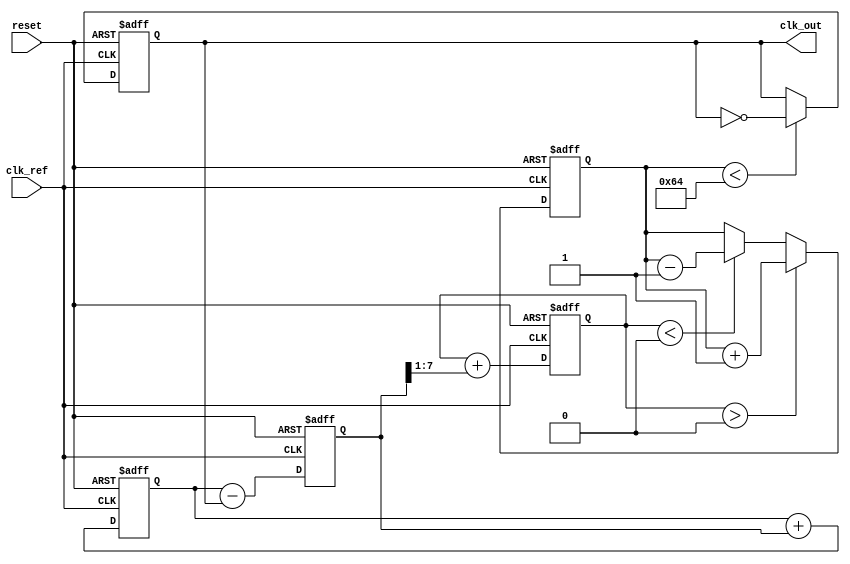
module PLL (
    input wire clk_ref,          // Reference clock input
    input wire reset,           // Reset signal
    output wire clk_out         // Output clock signal
);

// Parameters for PLL
parameter PHASE_WIDTH = 8;    // Width for phase information
parameter VCO_MAX_FREQ = 100; // Maximum frequency for VCO
parameter VCO_MIN_FREQ = 10;  // Minimum frequency for VCO

// Internal signals
reg [PHASE_WIDTH-1:0] phase_error; // Phase error signal
reg [PHASE_WIDTH-1:0] phase_memory; // Memory block for phase information
reg [7:0] vco_control;             // Control signal for VCO
reg clk_vco;                       // VCO output clock
reg [7:0] loop_filter;             // Loop filter output

// Phase Detector (PD)
always @(posedge clk_ref or posedge reset) begin
    if (reset) begin
        phase_error <= 0;
    end else begin
        // Simple phase detection logic (for illustration)
        phase_error <= phase_memory - clk_vco; // Phase difference
    end
end

// Loop Filter
always @(posedge clk_ref or posedge reset) begin
    if (reset) begin
        loop_filter <= 0;
    end else begin
        // Simple low-pass filter (for illustration)
        loop_filter <= loop_filter + (phase_error >> 1); // Adjust filter characteristics
    end
end

// Voltage-Controlled Oscillator (VCO)
always @(posedge clk_ref or posedge reset) begin
    if (reset) begin
        vco_control <= VCO_MIN_FREQ; // Start at minimum frequency
        clk_vco <= 0;
    end else begin
        // Control VCO frequency based on loop filter output
        if (loop_filter > 0) begin
            vco_control <= vco_control + 1; // Increase frequency
        end else if (loop_filter < 0) begin
            vco_control <= vco_control - 1; // Decrease frequency
        end
        
        // Generate VCO output clock based on control signal
        clk_vco <= (vco_control < VCO_MAX_FREQ) ? ~clk_vco : clk_vco; // Simple toggle for VCO
    end
end

// Memory Block for Phase Information
always @(posedge clk_ref or posedge reset) begin
    if (reset) begin
        phase_memory <= 0;
    end else begin
        phase_memory <= phase_memory + phase_error; // Store phase information
    end
end

// Output Buffer
assign clk_out = clk_vco; // Output the VCO clock

endmodule